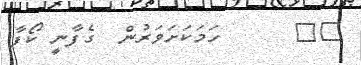
٧٥      ހަމަކަށަވަރުން  ގެފާނީ ކޯފާ